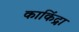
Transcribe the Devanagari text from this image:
काकिंद्रा